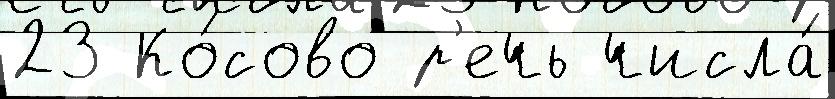
23 Ко́сово р'ечь числа́